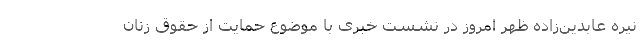
نیره عابدین‌زاده ظهر امروز در نشست خبری با موضوع حمایت از حقوق زنان